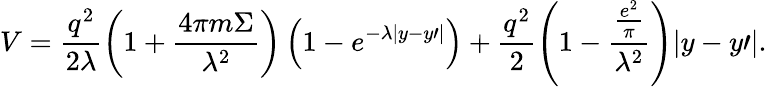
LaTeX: V=\frac{{q^{2}}}{{2\lambda}}\left({1+\frac{{4\pi m\Sigma}}{{\lambda^{2}}}}\right)\left({1-e^{-\lambda|y-y{\prime}|}}\right)+\frac{{q^{2}}}{2}\left({1-\frac{{\frac{{e^{2}}}{\pi}}}{{\lambda^{2}}}}\right)|y-y{\prime}|.